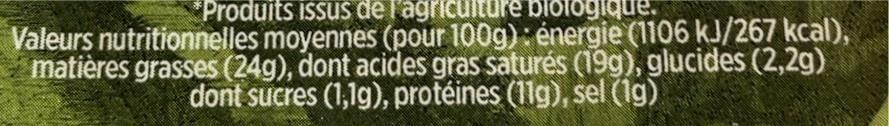
*Produits issus de l'agriculture biologique.
Valeurs nutritionnelles moyennes (pour 100g): énergie (1106 kJ/267 kcal), matières grasses (24g), dont acides gras saturés (19g), glucides (2,2g) dont sucres (1,1g), protéines (11g), sel (1g)